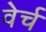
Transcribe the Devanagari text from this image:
वेर्च